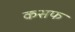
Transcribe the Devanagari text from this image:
कसफ